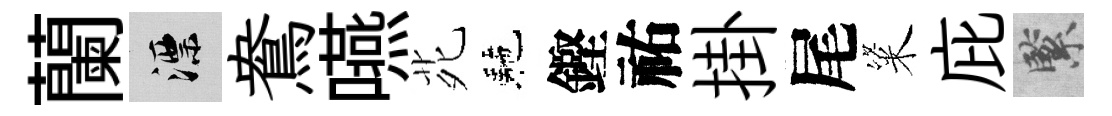
蘭漂鴦嚥𫟍駰鏗祐掛尾粢庇緊